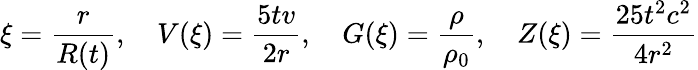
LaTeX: \xi={\frac{r}{R(t)}},\quad V(\xi)={\frac{5tv}{2r}},\quad G(\xi)={\frac{\rho}{\rho_{0}}},\quad Z(\xi)={\frac{25t^{2}c^{2}}{4r^{2}}}